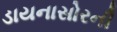
ડાયનાસોરની